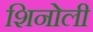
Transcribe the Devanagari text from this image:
शिनोली